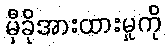
မှီခိုအားထားမှုကို